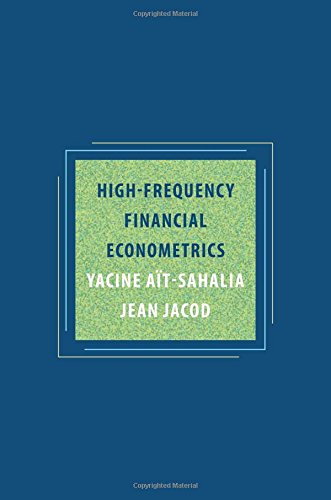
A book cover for High-Frequency Financial Econometrics; Yacine AÃ¯t-Sahalia; Business & Money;